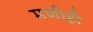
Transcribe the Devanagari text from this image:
मणीही